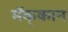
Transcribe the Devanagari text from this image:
मॅक्‌कान